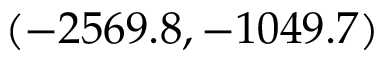
( - 2 5 6 9 . 8 , - 1 0 4 9 . 7 )